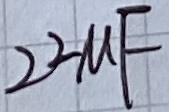
Text: 22µF